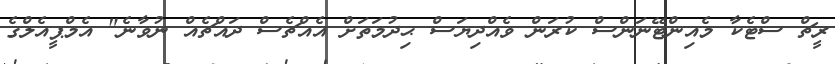
ރީޗް ސްޓެކާ މެއިންޓޭނަންސް ކުރަން ވެއްދިޔަސް ޙިދުމަތަށް އެއްޗެސް ދައްޗެއް ނުވާނެ" އެމްޕީއެލްގެ